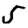
Digit: 5